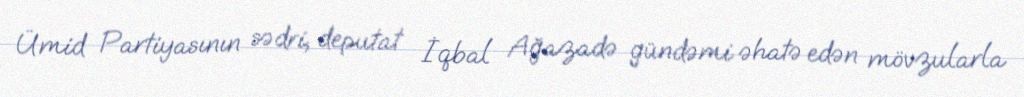
Ümid Partiyasının sədri, deputat İqbal Ağazadə gündəmi əhatə edən mövzularla